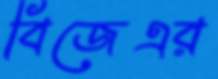
বিজেএর